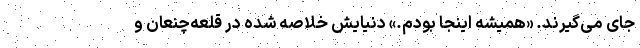
جای می‌گیرند. «همیشه اینجا بودم.» دنیایش خلاصه شده در قلعه‌چنعان و